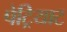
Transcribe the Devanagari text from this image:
पेट्रियाट